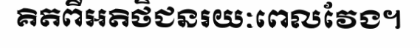
គិតពីអតិថិជនរយៈពេលវែង។